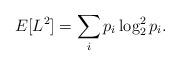
LaTeX: \begin{align*} E[L^2]=\sum_i p_i\log_2^2 {p_i}.\end{align*}